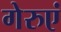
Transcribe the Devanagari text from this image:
गेरुएं